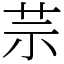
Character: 䒬